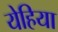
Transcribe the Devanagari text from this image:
येहिया